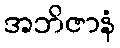
အဘိဇာနံ